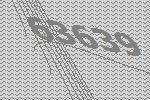
63639